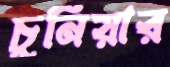
চুনিয়ার